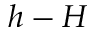
h - H